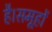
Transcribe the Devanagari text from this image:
है।समूहों